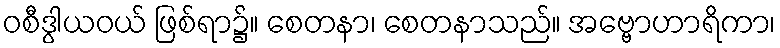
ဝစီဒွါယဝယ် ဖြစ်ရာ၌။ စေတနာ၊ စေတနာသည်။ အဗ္ဗောဟာရိကာ၊